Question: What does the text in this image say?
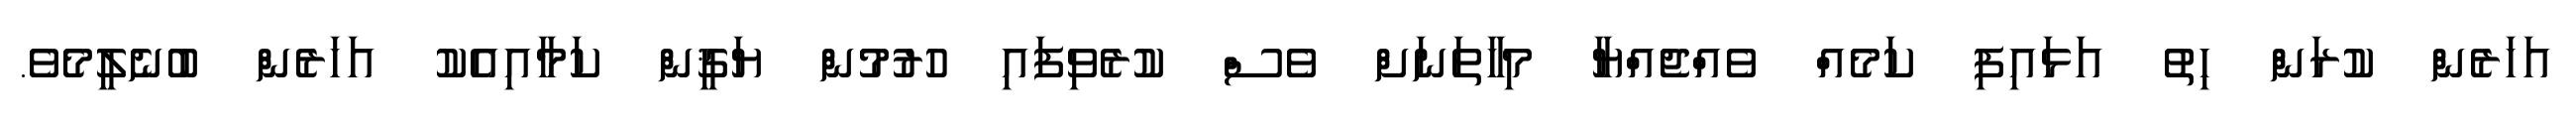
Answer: އަހަރެން ކުރަން ހިތު އަޅައިފި ކަމެއް ވެއްޖެއްޔާ މިހާތަނަށް ވެސް ކުރެވިފައި ހުރުމުން ޔަޤީން ކަމާއިއެކު އަހަރެން ބުނެލީމެވެ.